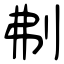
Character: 刜